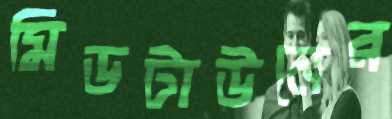
মিডটাউনের